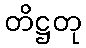
တိဋ္ဌတု